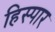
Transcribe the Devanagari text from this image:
हिस्पार